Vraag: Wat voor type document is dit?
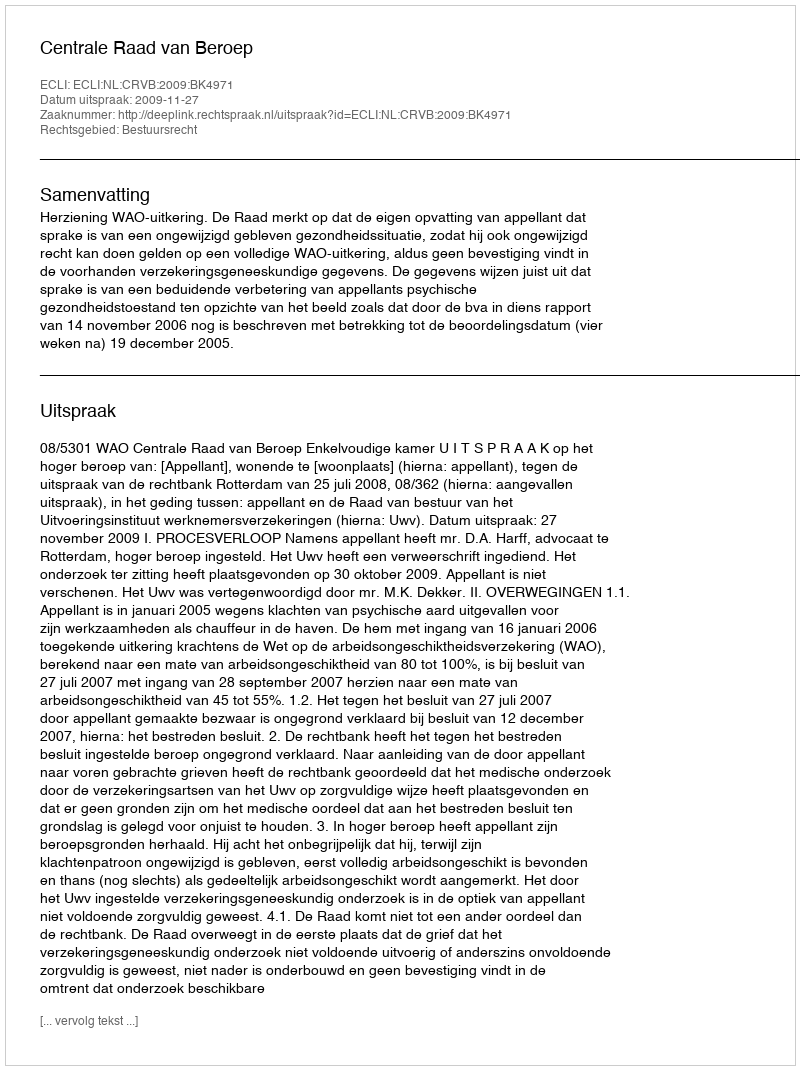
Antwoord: Uitspraak